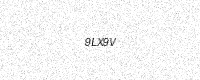
Text: 9LX9V